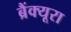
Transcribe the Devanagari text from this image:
ब्रैंक्यूरा